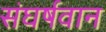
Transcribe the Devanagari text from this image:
संघर्षवान